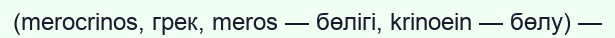
(merocrinos, грек, meros — бөлігі, krinoein — бөлу) —